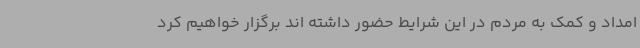
امداد و کمک به مردم در این شرایط حضور داشته اند برگزار خواهیم کرد